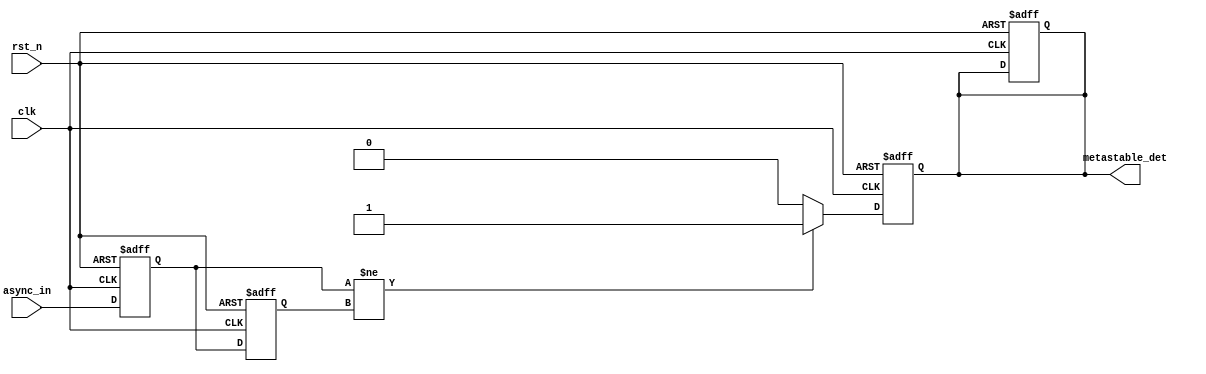
module MetastabilityDetector (
    input wire clk,            // Clock signal
    input wire rst_n,         // Active low reset
    input wire async_in,      // Asynchronous input signal
    output reg metastable_det  // Metastability detection output
);

    reg ff1;                  // First flip-flop
    reg ff2;                  // Second flip-flop
    reg [2:0] counter;        // Counter for metastability duration
    localparam THRESHOLD = 3'b011; // Threshold for metastability detection

    // Sampling flip-flops
    always @(posedge clk or negedge rst_n) begin
        if (!rst_n) begin
            ff1 <= 1'b0;
            ff2 <= 1'b0;
            metastable_det <= 1'b0;
            counter <= 3'b000;
        end else begin
            ff1 <= async_in;   // Sample the asynchronous input
            ff2 <= ff1;        // Sample the output of the first flip-flop
        end
    end

    // Metastability detection logic
    always @(posedge clk or negedge rst_n) begin
        if (!rst_n) begin
            metastable_det <= 1'b0;
            counter <= 3'b000;
        end else begin
            if (ff1 != ff2) begin
                // If outputs are different, increment the counter
                if (counter < THRESHOLD) begin
                    counter <= counter + 1;
                end
                // Set metastability detection output
                metastable_det <= 1'b1;
            end else begin
                // Reset counter if outputs are the same
                counter <= 3'b000;
                metastable_det <= 1'b0;
            end
        end
    end

endmodule